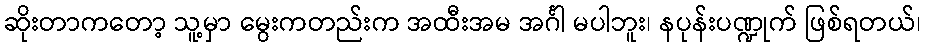
ဆိုးတာကတော့ သူ့မှာ မွေးကတည်းက အထီးအမ အင်္ဂါ မပါဘူး၊ နပုန်းပဏ္ဍုက် ဖြစ်ရတယ်၊